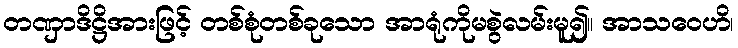
တဏှာဒိဋ္ဌိအားဖြင့် တစ်စုံတစ်ခုသော အာရုံကိုမစွဲလမ်းမူ၍။ အာသဝေဟိ၊